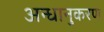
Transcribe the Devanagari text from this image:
अन्धानुकरण